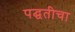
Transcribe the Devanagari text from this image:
पद्घतीचा